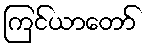
ကြင်ယာတော်